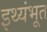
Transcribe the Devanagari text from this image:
इथ्यंभूत